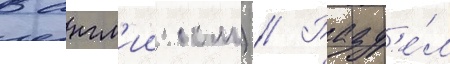
В англ'ииском) // Разд'е́л